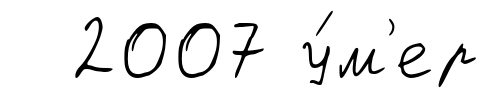
2007 у́м'ер